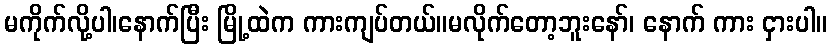
မကိုက်လို့ပါ၊နောက်ပြီး မြို့ထဲက ကားကျပ်တယ်။မလိုက်တော့ဘူးနော်၊ နောက် ကား ငှားပါ။